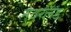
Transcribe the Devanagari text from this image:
नेवरलेंड